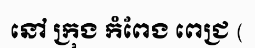
នៅ ក្រុង កំពែង ពេជ្រ (